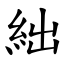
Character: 絀